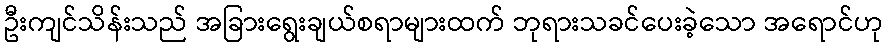
ဦးကျင်သိန်းသည် အခြားရွေးချယ်စရာများထက် ဘုရားသခင်ပေးခဲ့သော အရောင်ဟု